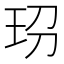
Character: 𤤊